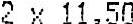
2 X 11.50